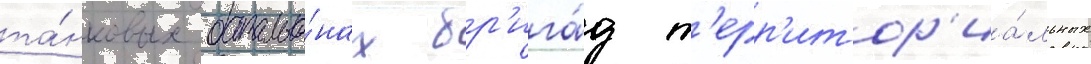
та́нковых батальо́нах бр'ига́д т'ерр'итор'иа́льных